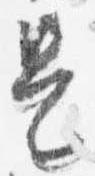
是